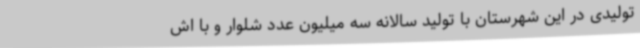
تولیدی در این شهرستان با تولید سالانه سه میلیون عدد شلوار و با اش